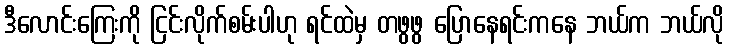
ဒီလောင်းကြေးကို ငြင်းလိုက်စမ်းပါဟု ရင်ထဲမှ တဖွဖွ ပြောနေရင်းကနေ ဘယ်က ဘယ်လို